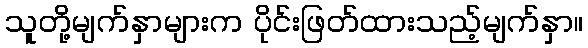
သူတို့မျက်နှာများက ပိုင်းဖြတ်ထားသည့်မျက်နှာ။